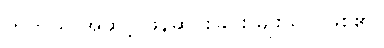
တတိယ အဆင့် ဖန်ဆင်းခြင်း မျိုးသာ ဖြစ်၏။